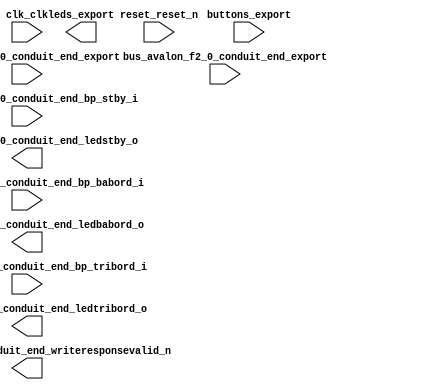

module soc (
	bus_avalon_0_conduit_end_export,
	bus_avalon_f2_0_conduit_end_export,
	bus_avalon_f7_0_conduit_end_bp_stby_i,
	bus_avalon_f7_0_conduit_end_bp_babord_i,
	bus_avalon_f7_0_conduit_end_bp_tribord_i,
	bus_avalon_f7_0_conduit_end_ledbabord_o,
	bus_avalon_f7_0_conduit_end_ledstby_o,
	bus_avalon_f7_0_conduit_end_ledtribord_o,
	bus_avalon_f7_0_conduit_end_writeresponsevalid_n,
	buttons_export,
	clk_clk,
	leds_export,
	reset_reset_n);	

	input		bus_avalon_0_conduit_end_export;
	input		bus_avalon_f2_0_conduit_end_export;
	input		bus_avalon_f7_0_conduit_end_bp_stby_i;
	input		bus_avalon_f7_0_conduit_end_bp_babord_i;
	input		bus_avalon_f7_0_conduit_end_bp_tribord_i;
	output		bus_avalon_f7_0_conduit_end_ledbabord_o;
	output		bus_avalon_f7_0_conduit_end_ledstby_o;
	output		bus_avalon_f7_0_conduit_end_ledtribord_o;
	output		bus_avalon_f7_0_conduit_end_writeresponsevalid_n;
	input		buttons_export;
	input		clk_clk;
	output	[7:0]	leds_export;
	input		reset_reset_n;
endmodule